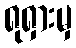
ရုရှားမှ